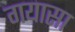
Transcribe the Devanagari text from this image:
गयासा